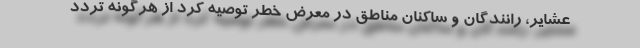
عشایر، رانندگان و ساکنان مناطق در معرض خطر توصیه کرد از هرگونه تردد